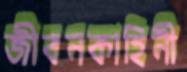
জীবনকাহিনী